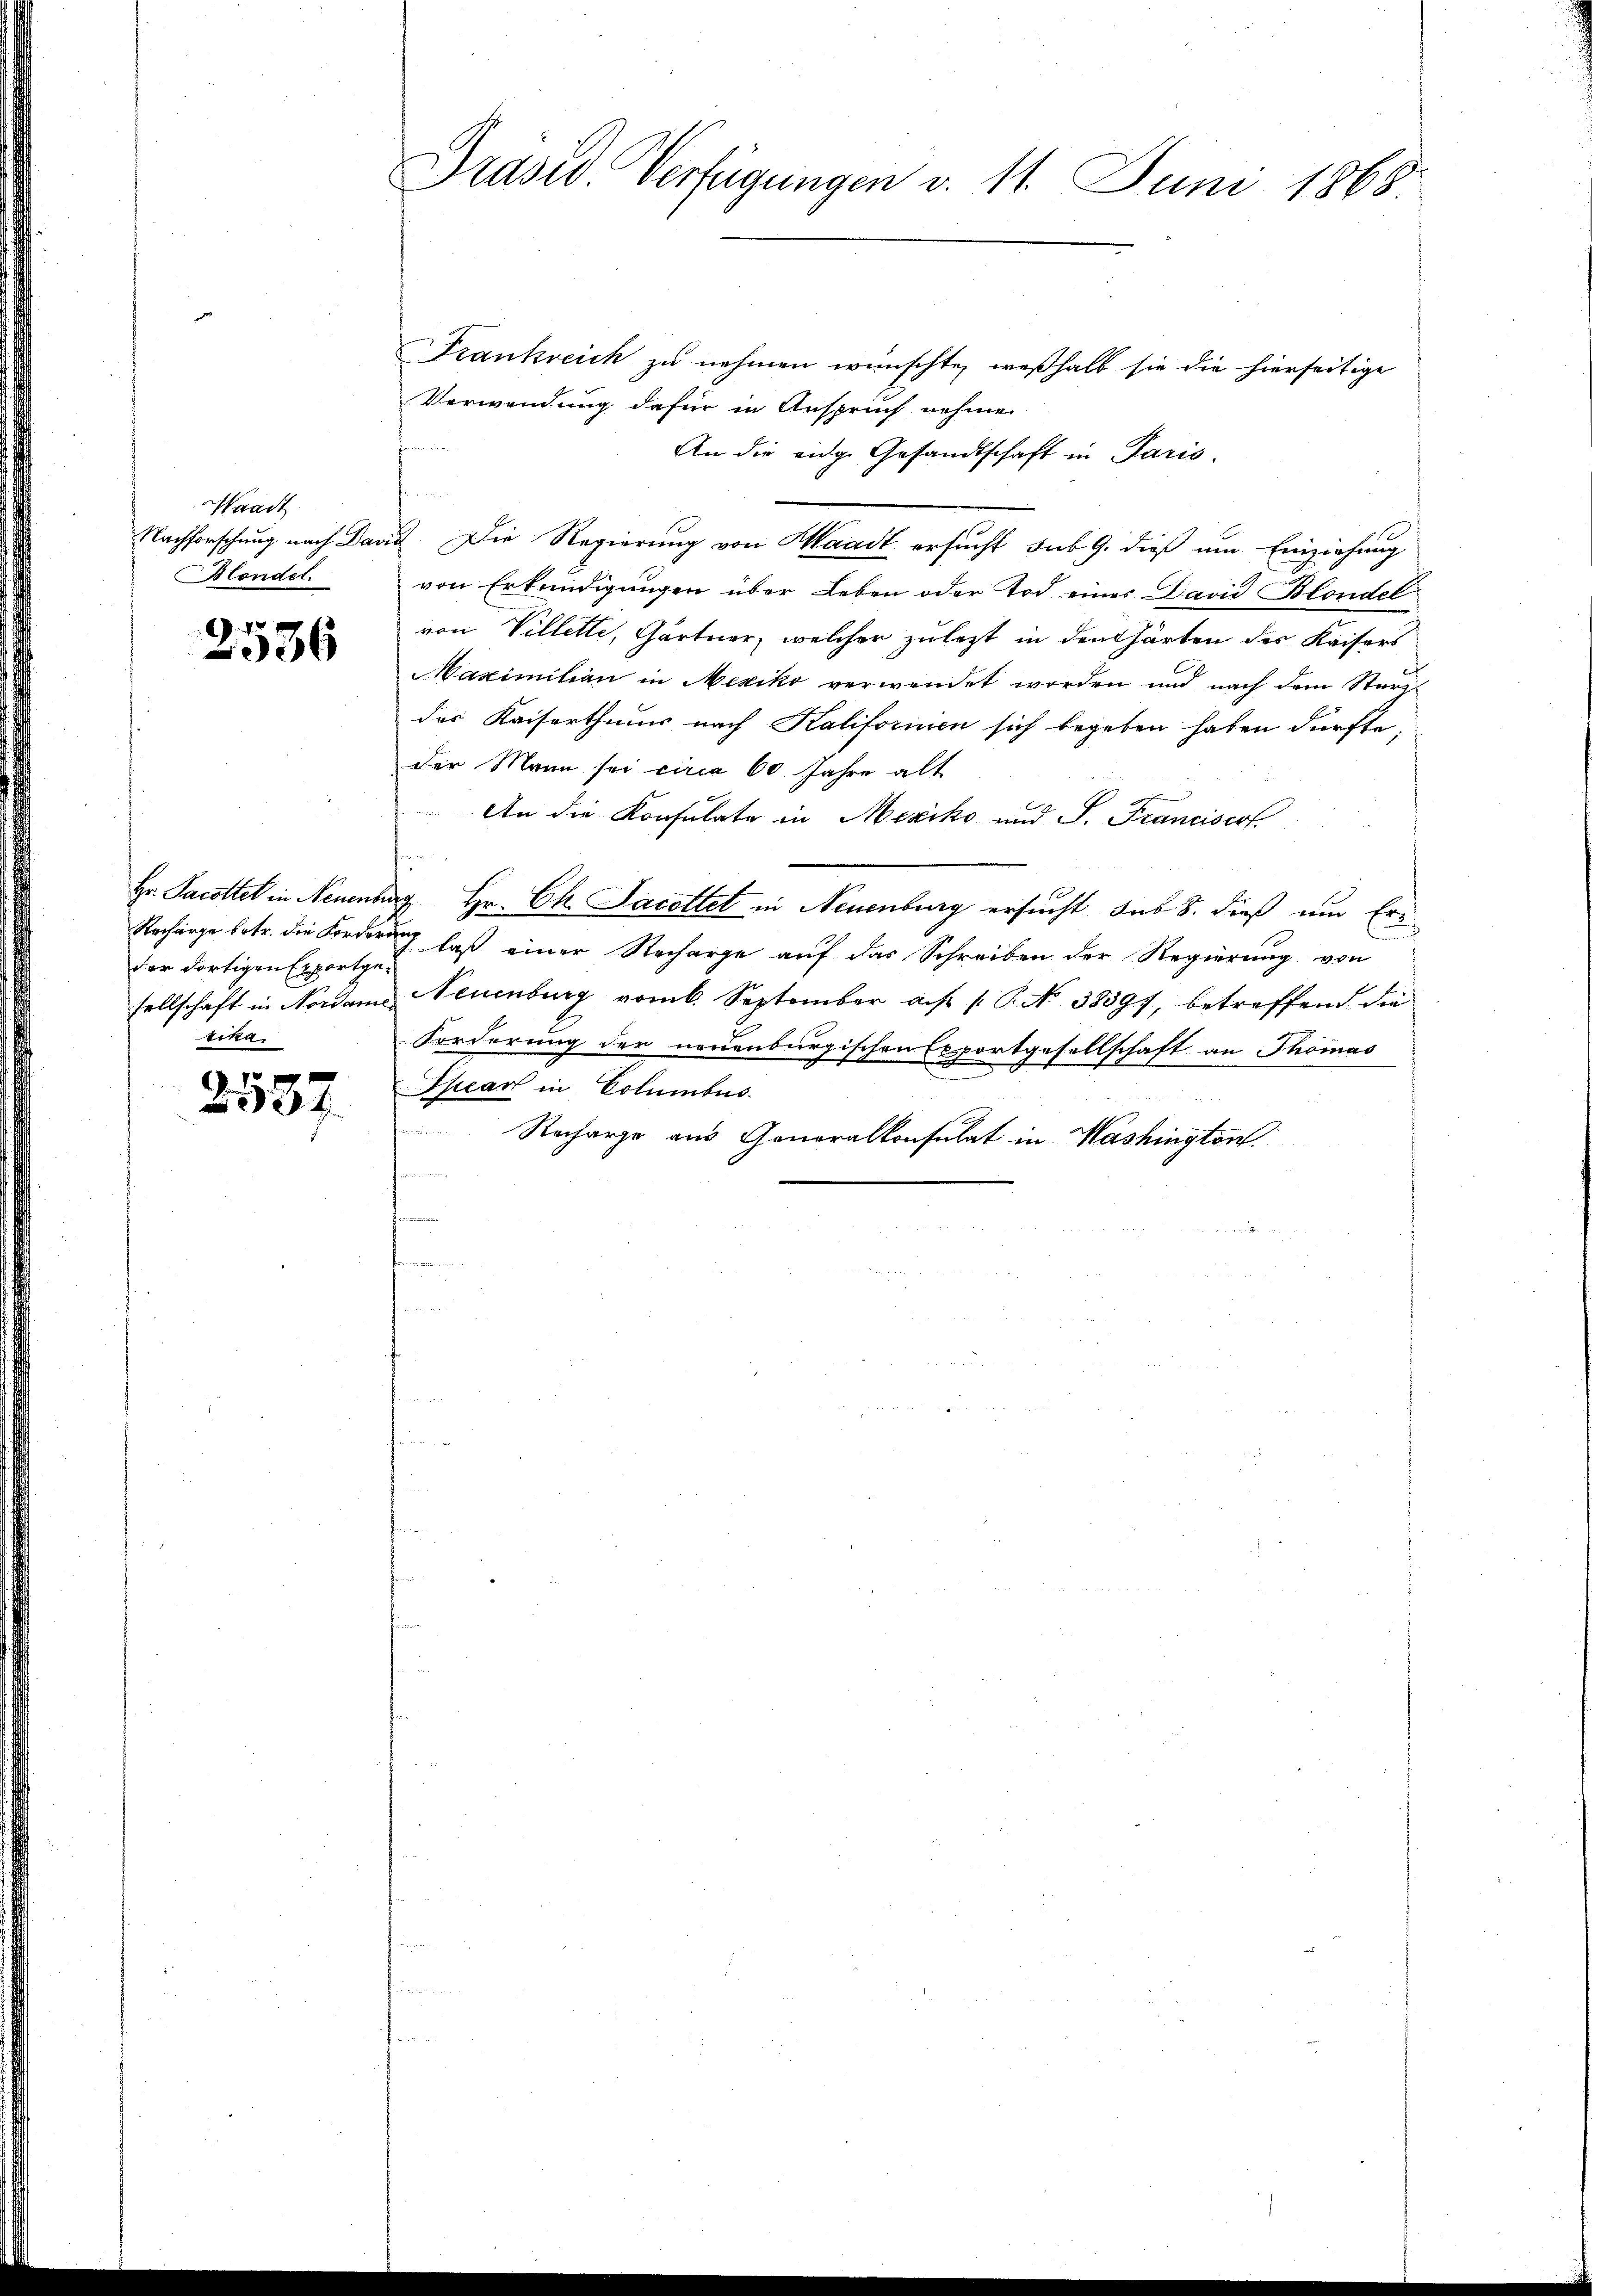
Waadt
Blondel.

2536

der dortigen Exportgesika

2557

Präsid. Verfügungen v. 11. Juni 1868.

Frankreich zu nehmen wünschte, weßhalb sie die hierseitige
Verwendung dafür in Anspruch nehmen
An die eidge Gesandtschaft in Paris.
Nachforschung nach David Die Regierung von Waadt ersucht sub 9. dieß um Einziehung
von Erkundigungen über Leben oder Tod. eines David Blondel
von Villette, Gärtner, welcher zuletzt in den Gärten des Kaisers
Maximilien in Mexiko verwendet worden und nach dem Sturz
des Kaiserthums nach Kalifornien sich begeben haben dürfte,
der Mann sei circa 60 Jahre alt
An die Konsulate in Mexiko und S. Franciscot
Hr. Jacottet in Neuenburg, Hr. Ch. Jacottet in Neuenburg ersucht sub 8. dieß um Er¬
Rechange betr. die Forderung laß einer Recharge auf das Schreiben der Regierung von
sellschaft in Nordame Neuenburg vom 6. September a. P. No 38397, betreffend die
Forderung der neuenburgischen Exportgesellschaft an Thomas
Spear in Columbus.
1
Recharze aus Generalkonsulat in Washington